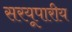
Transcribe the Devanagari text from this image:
सरयूपारीय